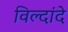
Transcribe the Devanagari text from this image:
विल्दांदे